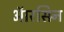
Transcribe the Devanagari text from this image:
ऑरसिन